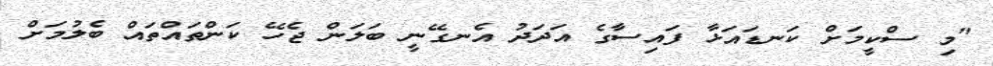
"މި ސްކީމަށް ކަނޑައަޅާ ފައިސާގެ އަދަދު އެނގޭނީ ބަލަން ޖެހޭ ކަންތައްތައް ބެލުމަށް